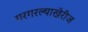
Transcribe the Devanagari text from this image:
गरगरल्याखेरीज